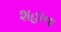
શહાના